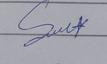
Signature authenticity: genuine